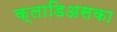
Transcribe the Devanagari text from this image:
क्लाडिअसका